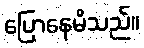
ပြောနေမိသည်။